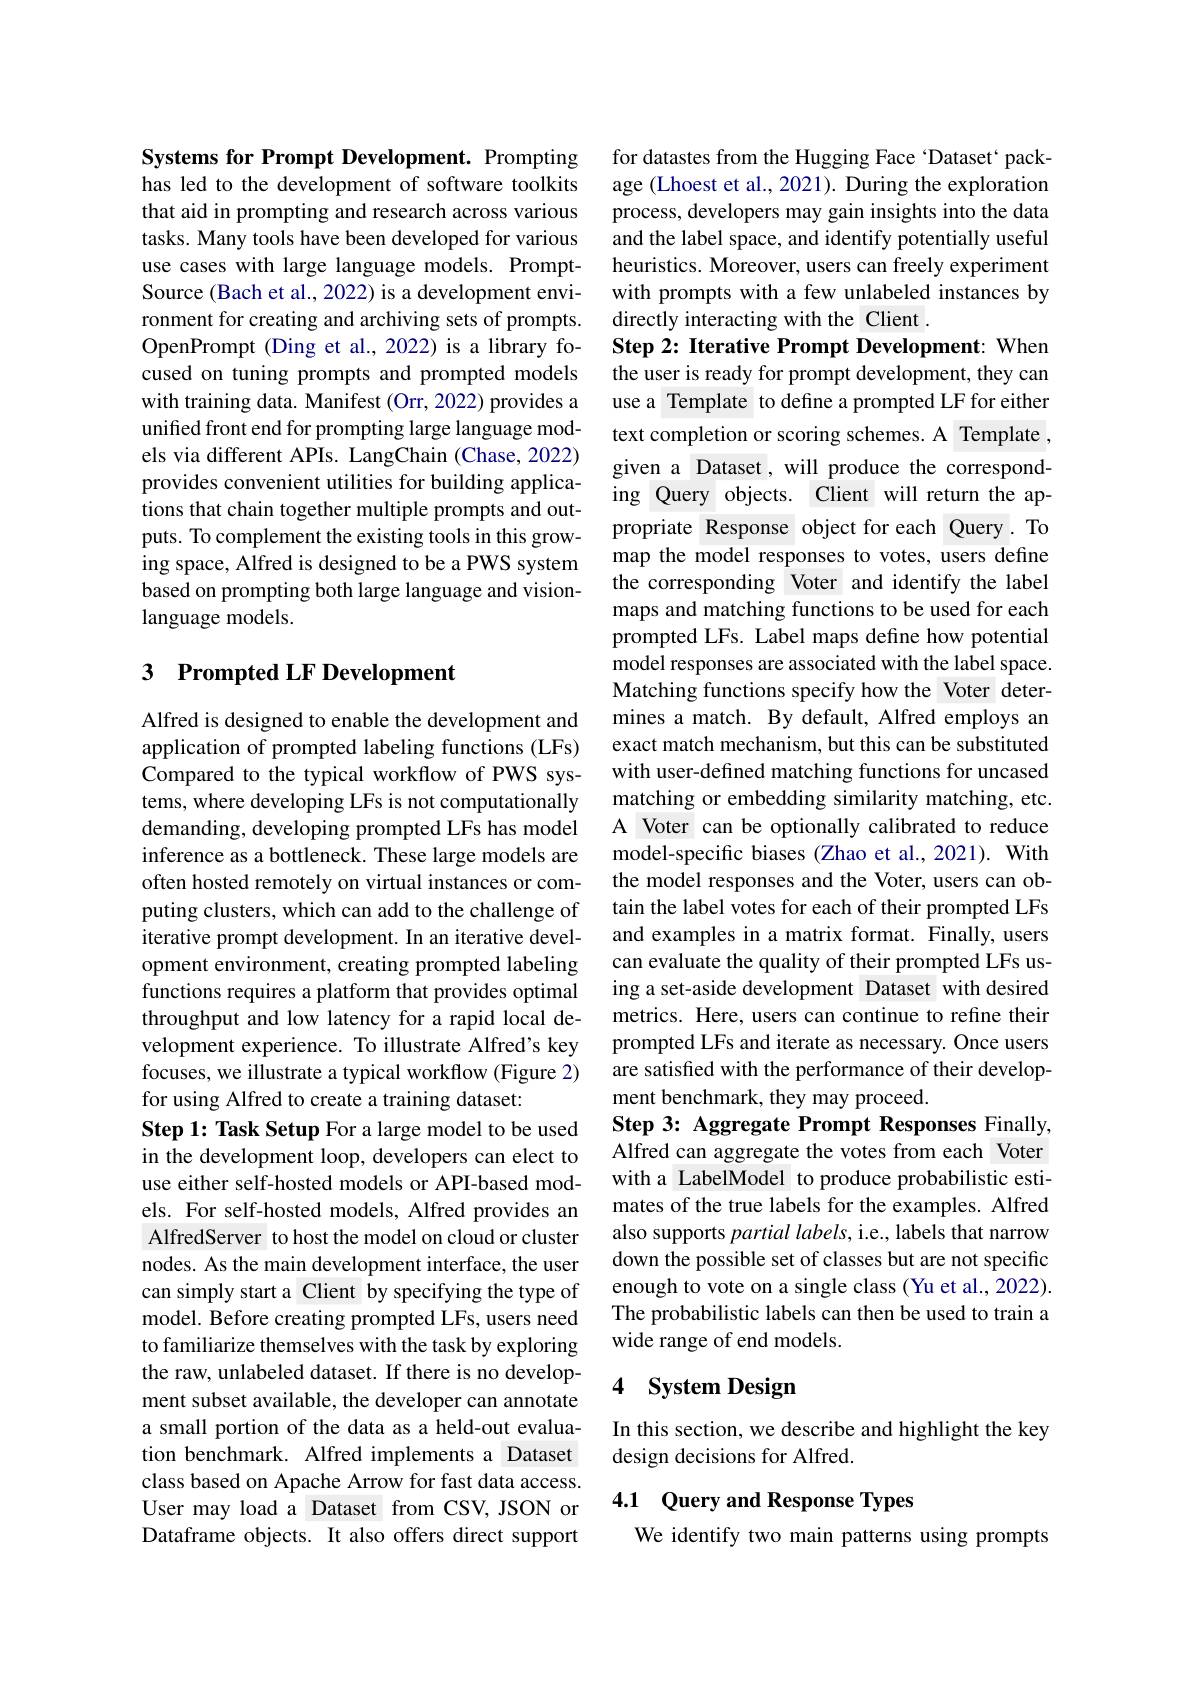
Systems for Prompt Development. Prompting has led to the development of software toolkits that aid in prompting and research across various tasks. Many tools have been developed for various use cases with large language models. PromptSource (Bach et al., 2022) is a development environment for creating and archiving sets of prompts. OpenPrompt (Ding et al., 2022) is a library focused on tuning prompts and prompted models with training data. Manifest (Orr, 2022) provides a unified front end for prompting large language models via different APIs. LangChain (Chase, 2022) provides convenient utilities for building applications that chain together multiple prompts and outputs. To complement the existing tools in this growing space, Alfred is designed to be a PWS system based on prompting both large language and visionlanguage models.

## 3 Prompted LF Development

Alfred is designed to enable the development and application of prompted labeling functions (LFs) Compared to the typical workflow of PWS systems, where developing LFs is not computationally demanding, developing prompted LFs has model inference as a bottleneck. These large models are often hosted remotely on virtual instances or computing clusters, which can add to the challenge of iterative prompt development. In an iterative development environment, creating prompted labeling functions requires a platform that provides optimal throughput and low latency for a rapid local development experience. To illustrate Alfred's key focuses, we illustrate a typical workflow (Figure 2) for using Alfred to create a training dataset:
Step 1: Task Setup For a large model to be used in the development loop, developers can elect to use either self-hosted models or API-based models. For self-hosted models, Alfred provides an AlfredServer to host the model on cloud or cluster nodes. As the main development interface, the user can simply start a Client by specifying the type of model. Before creating prompted LFs, users need to familiarize themselves with the task by exploring the raw, unlabeled dataset. If there is no development subset available, the developer can annotate a small portion of the data as a held-out evaluation benchmark. Alfred implements a Dataset class based on Apache Arrow for fast data access. User may load a Dataset from CSV, JSON or Dataframe objects. It also offers direct support

for datastes from the Hugging Face ‘Dataset‘package (Lhoest et al., 2021). During the exploration process, developers may gain insights into the data and the label space, and identify potentially useful heuristics. Moreover, users can freely experiment with prompts with a few unlabeled instances by directly interacting with the Client .
Step 2: Iterative Prompt Development: When the user is ready for prompt development, they can use a Template to define a prompted LF for either text completion or scoring schemes. A Template given a Dataset , will produce the corresponding Query objects. Client will return the appropriate Response object for each Query. To map the model responses to votes, users define the corresponding Voter and identify the label maps and matching functions to be used for each prompted LFs. Label maps define how potential model responses are associated with the label space. Matching functions specify how the Voter determines a match. By default, Alfred employs an exact match mechanism, but this can be substituted with user-defined matching functions for uncased matching or embedding similarity matching, etc. A Voter can be optionally calibrated to reduce model-specific biases (Zhao et al., 2021). With the model responses and the Voter, users can obtain the label votes for each of their prompted LFs and examples in a matrix format. Finally, users can evaluate the quality of their prompted LFs using a set-aside development Dataset with desired metrics. Here, users can continue to refine their prompted LFs and iterate as necessary. Once users are satisfied with the performance of their development benchmark, they may proceed.
Step 3: Aggregate Prompt Responses Finally, Alfred can aggregate the votes from each Voter with a LabelModel to produce probabilistic estimates of the true labels for the examples. Alfred also supports partial labels, i.e., labels that narrow down the possible set of classes but are not specific enough to vote on a single class (Yu et al., 2022). The probabilistic labels can then be used to train a wide range of end models.

## 4 System Design

In this section, we describe and highlight the key
design decisions for Alfred.

## 4.1 Query and Response Types

We identify two main patterns using prompts